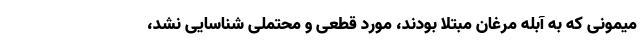
میمونی که به آبله مرغان مبتلا بودند، مورد قطعی و محتملی شناسایی نشد،